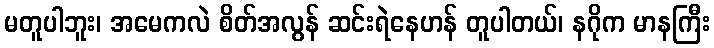
မတူပါဘူး၊ အမေကလဲ စိတ်အလွန် ဆင်းရဲနေဟန် တူပါတယ်၊ နဂိုက မာနကြီး